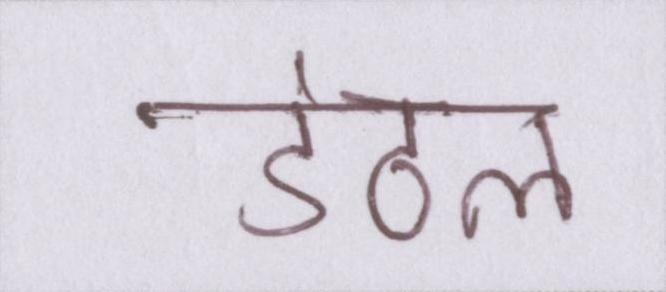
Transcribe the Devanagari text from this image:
डंठल